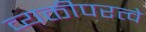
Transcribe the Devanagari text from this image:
व्यक्तीपरत्वे